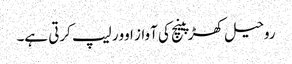
روحیل کھڑپینچ کی آواز اوور لیپ کرتی ہے۔